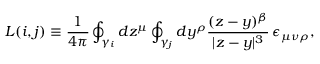
L ( i , j ) \equiv \frac 1 { 4 \pi } \oint _ { \gamma _ { i } } d z ^ { \mu } \oint _ { \gamma _ { j } } d y ^ { \rho } \frac { ( z - y ) ^ { \beta } } { | z - y | ^ { 3 } } \, \epsilon _ { \mu \nu \rho } ,